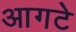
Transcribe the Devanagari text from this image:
आगटे